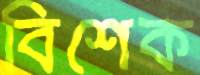
বিশেক